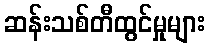
ဆန်းသစ်တီထွင်မှုများ